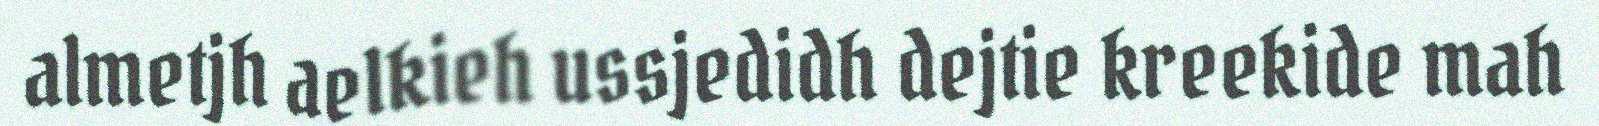
almetjh aelkieh ussjedidh dejtie kreekide mah